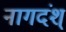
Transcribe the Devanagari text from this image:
नागदंश्